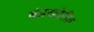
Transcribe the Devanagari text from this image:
बंडखोरीत